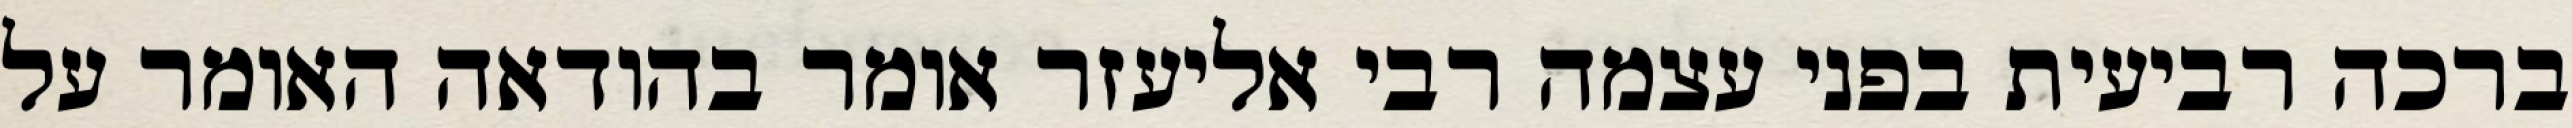
ברכה רביעית בפני עצמה רבי אליעזר אומר בהודאה האומר על